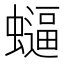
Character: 𮕂